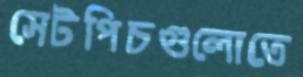
সেটপিচগুলোতে